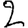
Digit: 2